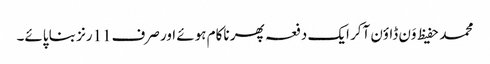
محمد حفیظ وَن ڈاؤن آکر ایک دفعہ پھر ناکام ہوئے اور صرف11رنز بنا پائے۔